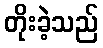
တိုးခဲ့သည်